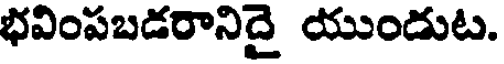
భవింపబడరానిదై యుండుట.